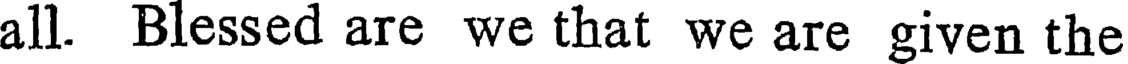
all. Blessed are we that we are given the